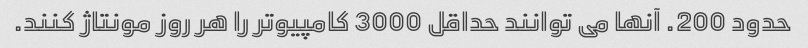
حدود 200. آنها می توانند حداقل 3000 کامپیوتر را هر روز مونتاژ کنند.